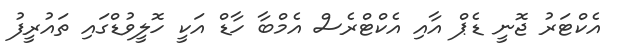
އެކްޓަރު ޖޮނީ ޑެޕް އާއި އެކްޓްރެސް އެމްބާ ހާޑް އަކީ ހޮލީވުޑްގައި ތައުރީފު